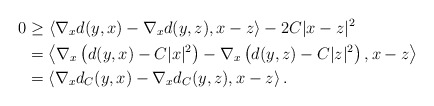
\begin{align*}0&\ge \left\langle \nabla_xd(y,x)-\nabla_xd(y,z),x-z \right\rangle-2C|x-z|^2\\&=\left\langle \nabla_x\left(d(y,x)-C|x|^2\right)-\nabla_x\left(d(y,z)-C|z|^2 \right),x-z\right\rangle\\&=\left\langle \nabla_xd_{C}(y,x)-\nabla_xd_{C}(y,z),x-z\right\rangle.\end{align*}